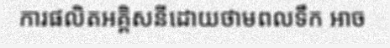
ការផលិតអគ្គិសនីដោយថាមពលទឹក អាច